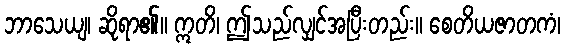
ဘာသေယျ၊ ဆိုရာ၏။ ဣတိ၊ ဤသည်လျှင်အပြီးတည်း။ စေတိယဇာတကံ၊